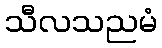
သီလသညမံ